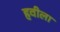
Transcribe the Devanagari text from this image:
हवीला